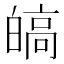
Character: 皜